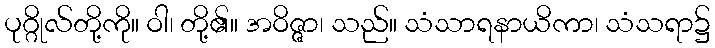
ပုဂ္ဂိုလ်တို့ကို။ ဝါ၊ တို့၏။ အဝိဇ္ဇာ၊ သည်။ သံသာရနာယိကာ၊ သံသရာ၌